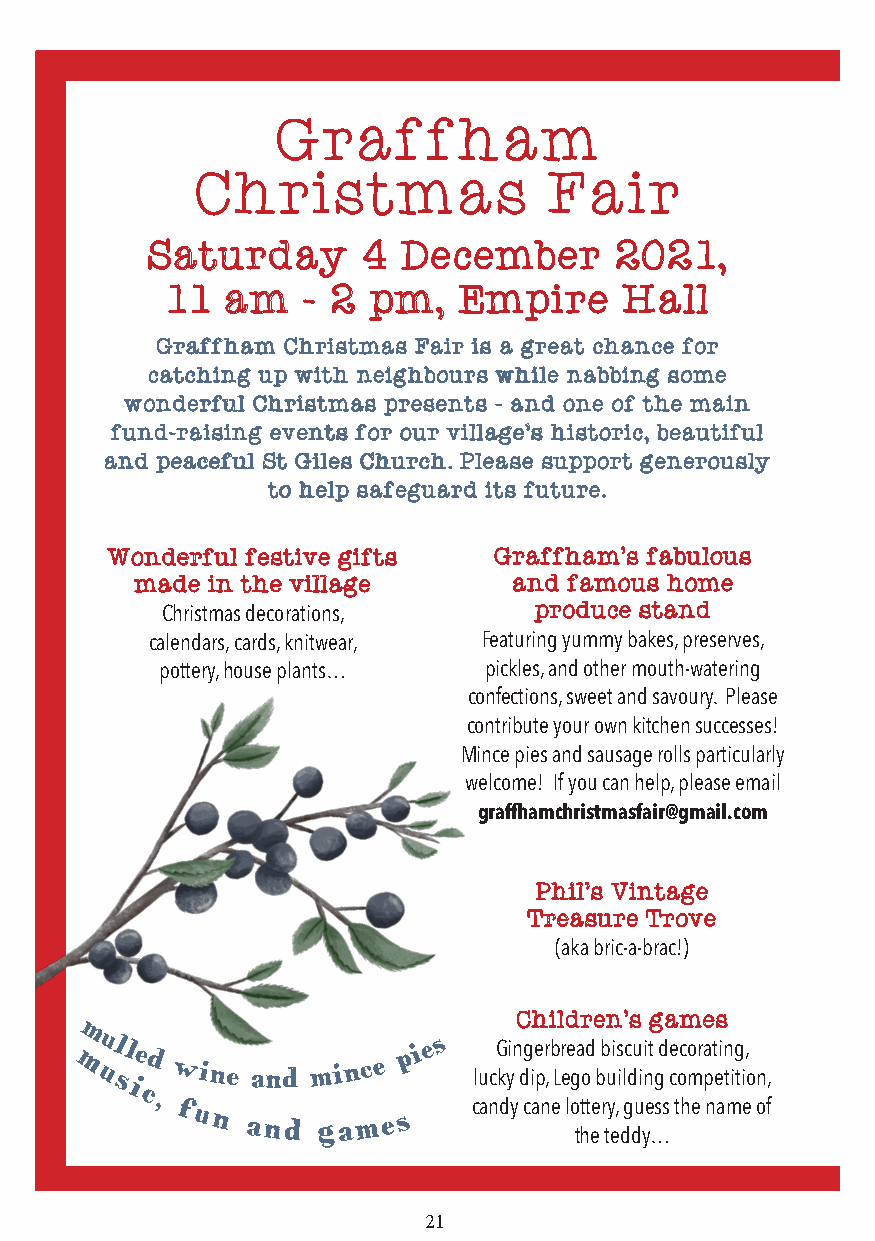
Graffham
 Christmas              Fair
 SSaattuurrddaayy 44 DDeecceemmbbeerr 22002211,,
 1111 aamm -- 22 ppmm,, EEmmppiirree HHaallll
 GGrraaffffhhaamm CChhrriissttmmaass FFaaiirr iiss aa ggrreeaatt cchhaannccee ffoorr
 ccaattcchhiinngg uupp wwiitthh nneeiigghhbboouurrss wwhhiillee nnaabbbbiinngg ssoommee
 wwoonnddeerrffuull CChhrriissttmmaass pprreesseennttss -- aanndd oonnee ooff tthhee mmaaiinn
 ffuunndd--rraaiissiinngg eevveennttss ffoorr oouurr vviillllaaggee’’ss hhiissttoorriicc,, bbeeaauuttiiffuull
 aanndd ppeeaacceeffuull SStt GGiilleess CChhuurrcchh.. PPlleeaassee ssuuppppoorrtt ggeenneerroouussllyy
 ttoo hheellpp ssaaffeegguuaarrdd iittss ffuuttuurree..
 WWoonnddeerrffuull ffeessttiivvee ggiiffttss GGrraaffffhhaamm’’ss ffaabbuulloouuss
 mmaaddee iinn tthhee vviillllaaggee aanndd ffaammoouuss hhoommee
 pprroodduuccee ssttaanndd
 Christmas decorations,
 calendars, cards, knitwear, Featuring yummy bakes, preserves,
 pottery, house plants… pickles, and other mouth-watering
 confections, sweet and savoury. Please
 contribute your own kitchen successes!
 Mince pies and sausage rolls particularly
 welcome! If you can help, please email
 graffhamchristmasfair@gmail.com
 PPhhiill’’ss VViinnttaaggee
 TTrreeaassuurree TTrroovvee
 (aka bric-a-brac!)
 CChhiillddrreenn’’ss ggaammeess
 Gingerbread biscuit decorating,
 lucky dip, Lego building competition,
 candy cane lottery, guess the name of
 the teddy…
 21